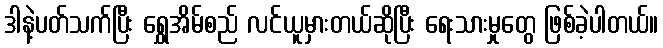
ဒါနဲ့ပတ်သက်ပြီး ရွှေအိမ်စည် လင်ယူမှားတယ်ဆိုပြီး ရေးသားမှုတွေ ဖြစ်ခဲ့ပါတယ်။